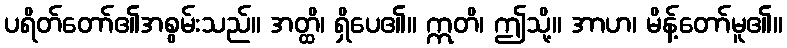
ပရိတ်တော်၏အစွမ်းသည်။ အတ္ထိ၊ ရှိပေ၏။ ဣတိ၊ ဤသို့။ အာဟ၊ မိန့်တော်မူ၏။